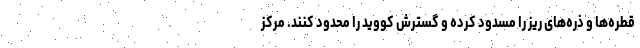
قطره‌ها و ذره‌های ریز را مسدود کرده و گسترش کووید را محدود کنند. مرکز